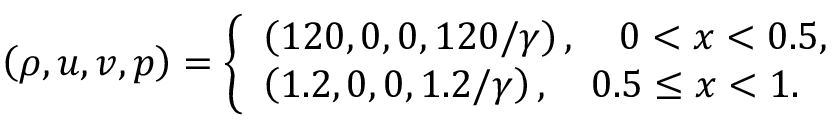
\begin{array} { r } { \left( { \rho , u , v , p } \right) = \left\{ \begin{array} { l } { \left( { 1 2 0 , 0 , 0 , 1 2 0 / \gamma } \right) , \quad 0 < x < 0 . 5 , } \\ { \left( { 1 . 2 , 0 , 0 , 1 . 2 / \gamma } \right) , \quad 0 . 5 \le x < 1 . } \end{array} \right. } \end{array}